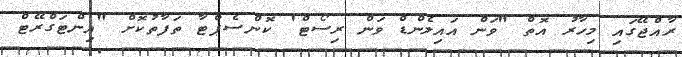
ރާއްޖޭގައި މިހާރު އޮތް "ވަން އައިލެންޑް ވަން ރިސޯޓް' ކޮންސެޕްޓާ ތަފާތުކޮށް "އިންޓަގްރޭޓް